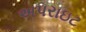
અપરાઇટ